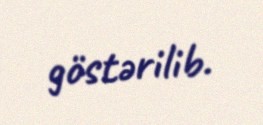
göstərilib.